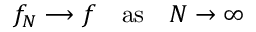
f _ { N } \longrightarrow f \quad \mathrm { a s } \quad N \rightarrow \infty